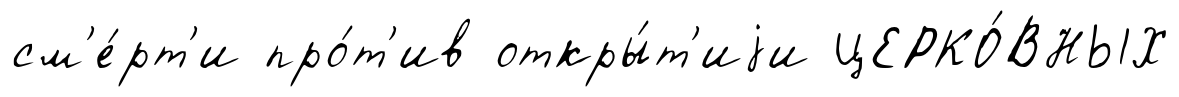
см'е́рт'и про́т'ив откры́т'иjи ЦЕРКО́ВНЫХ